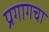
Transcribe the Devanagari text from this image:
प्रगागचा